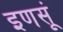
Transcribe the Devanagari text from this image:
इणसूं